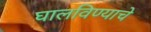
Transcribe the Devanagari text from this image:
घालविण्याचे